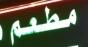
مطعم